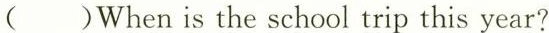
( )When is the school trip this year?